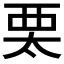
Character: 𧟧